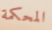
المحكمة